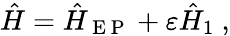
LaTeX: \hat{H}=\hat{H}_{\mathrm{~E~P~}}+\varepsilon\hat{H}_{1}\ ,